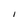
Character: I